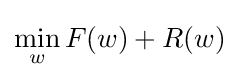
\min _{w}F(w)+R(w)